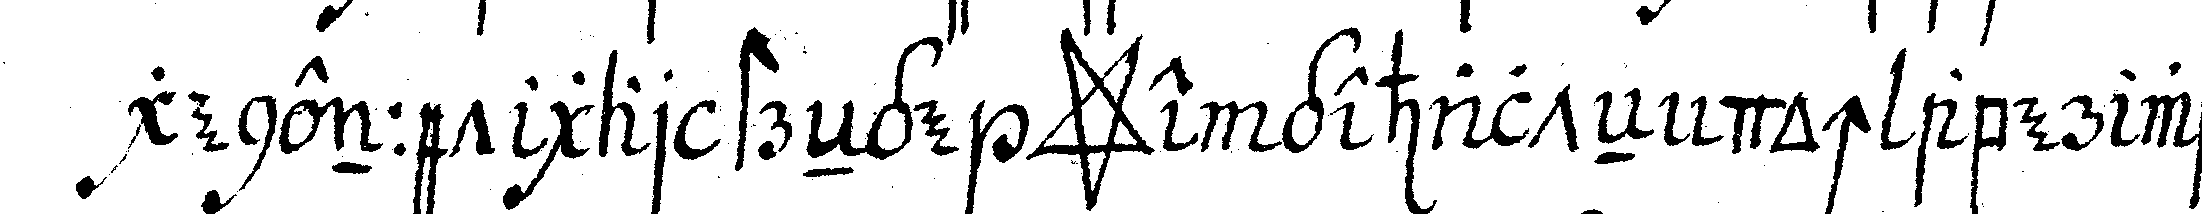
genennet gar streNge *star* e gehalteN doch aber weil